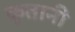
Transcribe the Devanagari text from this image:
कुतानी